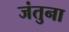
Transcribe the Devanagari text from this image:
जंतुना